Indian journal of veterinary science and animal husbandry - Volumes 24-25, 1954-1955
Year: 1954
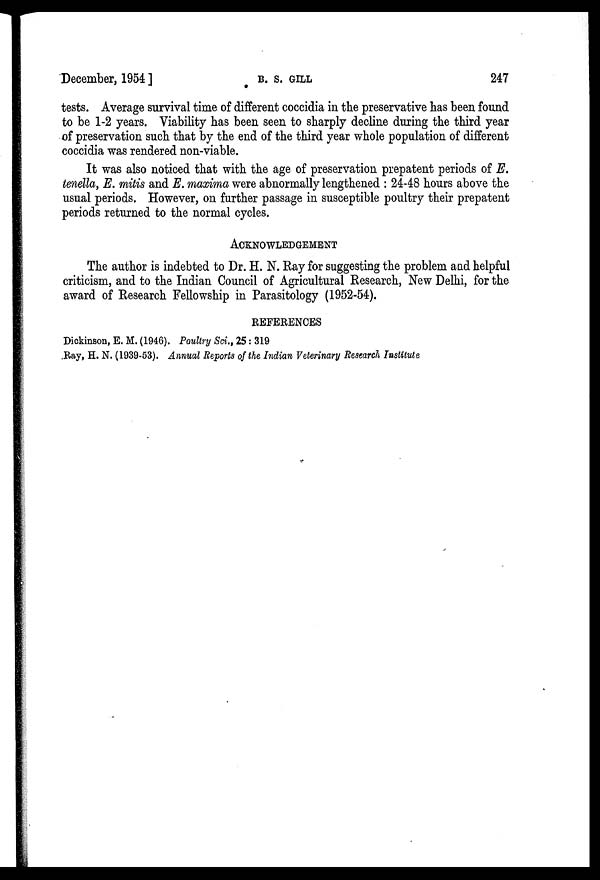
December, 1954 ]
B.
S.
GILL
247
tests. Average survival time of different coccidia in the preservative has been found
to be 1-2 years. Viability has been seen to sharply decline during the third year
of preservation such that by the end of the third year whole population of different
coccidia was rendered non-viable.
It was also noticed that with the age of preservation prepatent periods of E.
tenella, E. mitis and E. maxima were abnormally lengthened : 24-48 hours above the
usual periods. However, on further passage in susceptible poultry their prepatent
periods returned to the normal cycles.
ACKNOWLEDGEMENT
The author is indebted to Dr. H. N. Ray for suggesting the problem and helpful
criticism, and to the Indian Council of Agricultural Research, New Delhi, for the
award of Research Fellowship in Parasitology (1952-54).
REFERENCES
Dickinson, E. M. (1946). Poultry Sci., 25 : 319
Ray, H. N. (1939-53). Annual Reports of the Indian Veterinary Research Institute